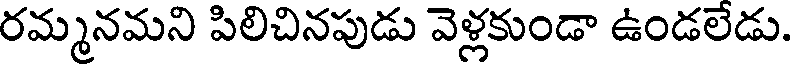
రమ్మనమని పిలిచినపుడు వెళ్లకుండా ఉండలేడు.